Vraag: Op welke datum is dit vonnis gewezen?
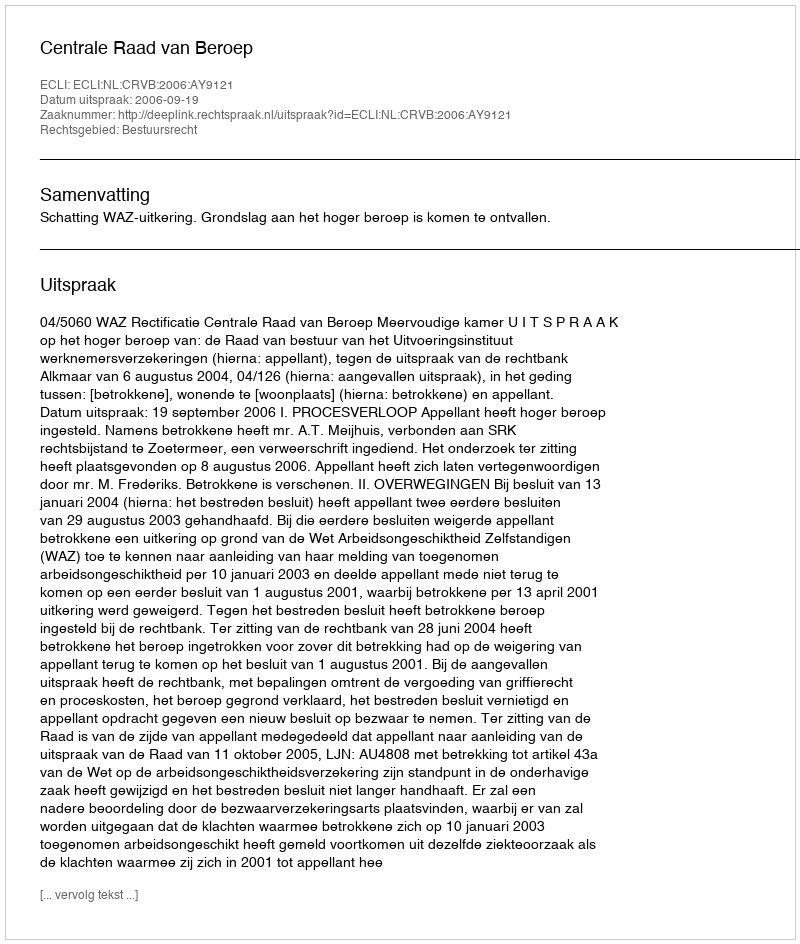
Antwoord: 2006-09-19